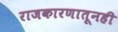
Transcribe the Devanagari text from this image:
राजकारणातूनही